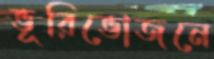
ভূরিভোজনে